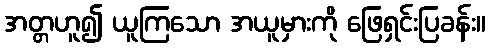
အတ္တဟူ၍ ယူကြသော အယူမှားကို ဖြေရှင်းပြခန်း။